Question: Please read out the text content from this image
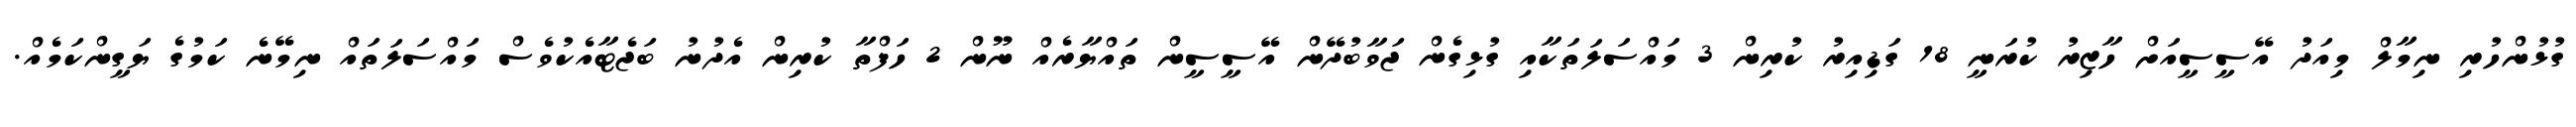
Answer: ގުޅުންހުރި ނިމާލް މިއަދު އޭސީސީއަށް ހާޒިރު ކުރަނީ 18 ގަޑިއިރު ކުރިން 3 މައްސަލަތަކާއި ގުޅިގެން ޖަވާބުދޭން އޭސީސީން ތައްޔާރެއް ނޫން 2 ހަފްތާ ކުރިން އެދުނު ބަޖެޓާއެކުވެސް މައްސަލަތައް ނިމޭނެ ކަމުގެ ޔަގީންކަމެއް.